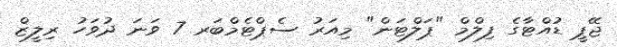
ޖޭޕީ ޑުއްޓާގެ ފިލްމް "ޕަލްޓަން" މިއަރު ސެޕްޓެމްބަރ 7 ވަނަ ދުވަހު ރިލީޒް